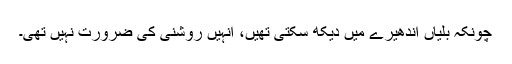
چونکہ بلّیاں اندھیرے میں دیکھ سکتی تھیں، انہیں روشنی کی ضرورت نہیں تھی۔